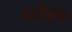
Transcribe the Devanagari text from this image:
वाईचुंग